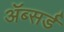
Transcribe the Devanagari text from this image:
ॲब्सर्ड